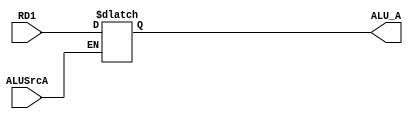
`timescale 1ns / 1ps
//////////////////////////////////////////////////////////////////////////////////
// Company: 
// Engineer: 
// 
// Design Name: 
// Module Name:    MUX 
// Project Name: 
// Target Devices: 
// Tool versions: 
// Description: 
//
// Dependencies: 
//
// Revision: 
// Revision 0.01 - File Created
// Additional Comments: 
//
//////////////////////////////////////////////////////////////////////////////////
module ALU_MUX_A(
    input ALUSrcA,
    input [31:0] RD1,
    output [31:0] ALU_A
    ); 
	 
	 reg [31:0] A;
	 assign ALU_A = A;
	 
	 always @ (*) begin
	    
		 case (ALUSrcA) 
		 
		 0: A <= RD1;
		 
		 endcase
   
    end	

endmodule

module ALU_MUX_B(
    input ALUSrcB,
    input [31:0] RD2,
	 input [31:0] EXT_Out,
    output [31:0] ALU_B
    ); 
	 
	 reg [31:0] B;
	 assign ALU_B = B;
	 
	 always @ (*) begin
	    
		 case (ALUSrcB) 
		 
		 0: B <= RD2;
		 
		 1: B <= EXT_Out;
		 
		 endcase
   
    end	

endmodule

module RegData_MUX(
    input MemToReg,
	 input [31:0] ALU_Out,
	 input [31:0] DM_Out,
	 input [31:0] PC,
	 input [31:0] IR,
	 output [31:0] RegData
	 );
	 
	 reg [31:0] Data;
	 assign RegData = Data;
	 
	 always @ (*) begin
	 
	     if (MemToReg)
		     Data <= DM_Out;
		  else if ((IR[31:26] == 6'b000011) | (IR[31:26] == 6'b111111))
		     Data <= PC + 8;
		  else
		     Data <= ALU_Out;
	 
	 end

endmodule

module WA_MUX(
    input [31:0] IR_In,
    input RegDst,
    output [4:0] WA
    ); 
	 
	 reg [4:0] Addr;
	 assign WA = Addr;
	 
	 always @ (*) begin
	    
		 if (RegDst)
		    Addr <= IR_In[15:11];
		 else if (IR_In[31:26] == 6'b000011)
		    Addr <= 31;
		 else
		    Addr <= IR_In[20:16];
	 
	 end

endmodule

module MFRTM(
    input [1:0] ForwardRTM,
	 input [31:0] RD2_M,
	 input [31:0] RD2_W,
	 output [31:0] WriteData
	 );
	 
	 assign WriteData = (ForwardRTM == 2'b01) ? RD2_W : RD2_M;

endmodule

module MFRTE(
    input [1:0] ForwardRTE,
	 input [31:0] RD2,
	 input [31:0] RegData,
	 input [31:0] ALU_Out_M,
	 input [31:0] PC_Out_M,
	 output [31:0] RT_E
	 );
	 
	 reg [31:0] RT;
	 assign RT_E = RT;
	 
	 always @ (*) begin
	    
		 if (ForwardRTE == 2'b00)
		    RT <= RD2;
		 
		 if (ForwardRTE == 2'b01)
		    RT <= RegData;
			 
		 if (ForwardRTE == 2'b10)
		    RT <= ALU_Out_M;
			 
		 if (ForwardRTE == 2'b11)
		    RT <= PC_Out_M + 8;
	 
	 end
	 
endmodule 

module MFRSE(
    input [1:0] ForwardRSE,
	 input [31:0] RD1,
	 input [31:0] ALU_Out,
	 input [31:0] RegData,
	 input [31:0] PC_Out_M,
	 output [31:0] RS_E
	 );
	 
	 reg [31:0] RS;
	 assign RS_E = RS;
	 
	 always @ (*) begin
	    
		 if (ForwardRSE == 2'b00)
		    RS <= RD1;
		 
		 if (ForwardRSE == 2'b01)
		    RS <= ALU_Out;
		 
		 if (ForwardRSE == 2'b10)
		    RS <= RegData;
			 
		 if (ForwardRSE == 2'b11)
		    RS <= PC_Out_M + 8;
			 
	 end

endmodule
 
module MFRTD(
    input [1:0] ForwardRTD,
	 input [31:0] RD2,
	 input [31:0] ALU_Out_M,
	 input [31:0] PC_Out_M,
	 output [31:0] RT_D
	 );
	 
	 reg [31:0] RT;
	 assign RT_D = RT;
	 
	 always @ (*) begin
	    
		 if (ForwardRTD == 2'b00)
		    RT <= RD2;
			 
	    if (ForwardRTD == 2'b01)
		    RT <= ALU_Out_M;
		 
		 if (ForwardRTD == 2'b10)
		    RT <= PC_Out_M + 8;
	 
	 end
	 
endmodule 

module MFRSD(
    input [1:0] ForwardRSD,
	 input [31:0] RD1,
	 input [31:0] ALU_Out_M,
	 input [31:0] PC_Out_M,
	 output [31:0] RS_D
	 );
	 
	 reg [31:0] RS;
	 assign RS_D = RS;
	 
	 always @ (*) begin
	    
		 if (ForwardRSD == 2'b00)
		    RS <= RD1;
		 
		 if (ForwardRSD == 2'b01)
		    RS <= ALU_Out_M;
		 
		 if (ForwardRSD == 2'b10)
		    RS <= PC_Out_M + 8;
	 
	 end
	 
endmodule